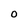
Character: O